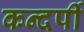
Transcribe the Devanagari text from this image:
कन्दर्पी